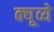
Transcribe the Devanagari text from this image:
क्यूव्ये